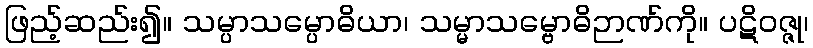
ဖြည့်ဆည်း၍။ သမ္ပာသမ္ပောဓိယာ၊ သမ္မာသမ္ဗောဓိဉာဏ်ကို။ ပဋိဝဇ္ဇု၊